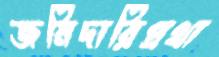
জমিদারিপ্রথা